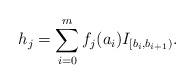
LaTeX: \begin{align*} h_j=\sum_{i=0}^mf_j(a_i)I_{[b_i,b_{i+1})}.\end{align*}